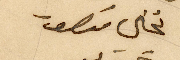
نخلي منصور